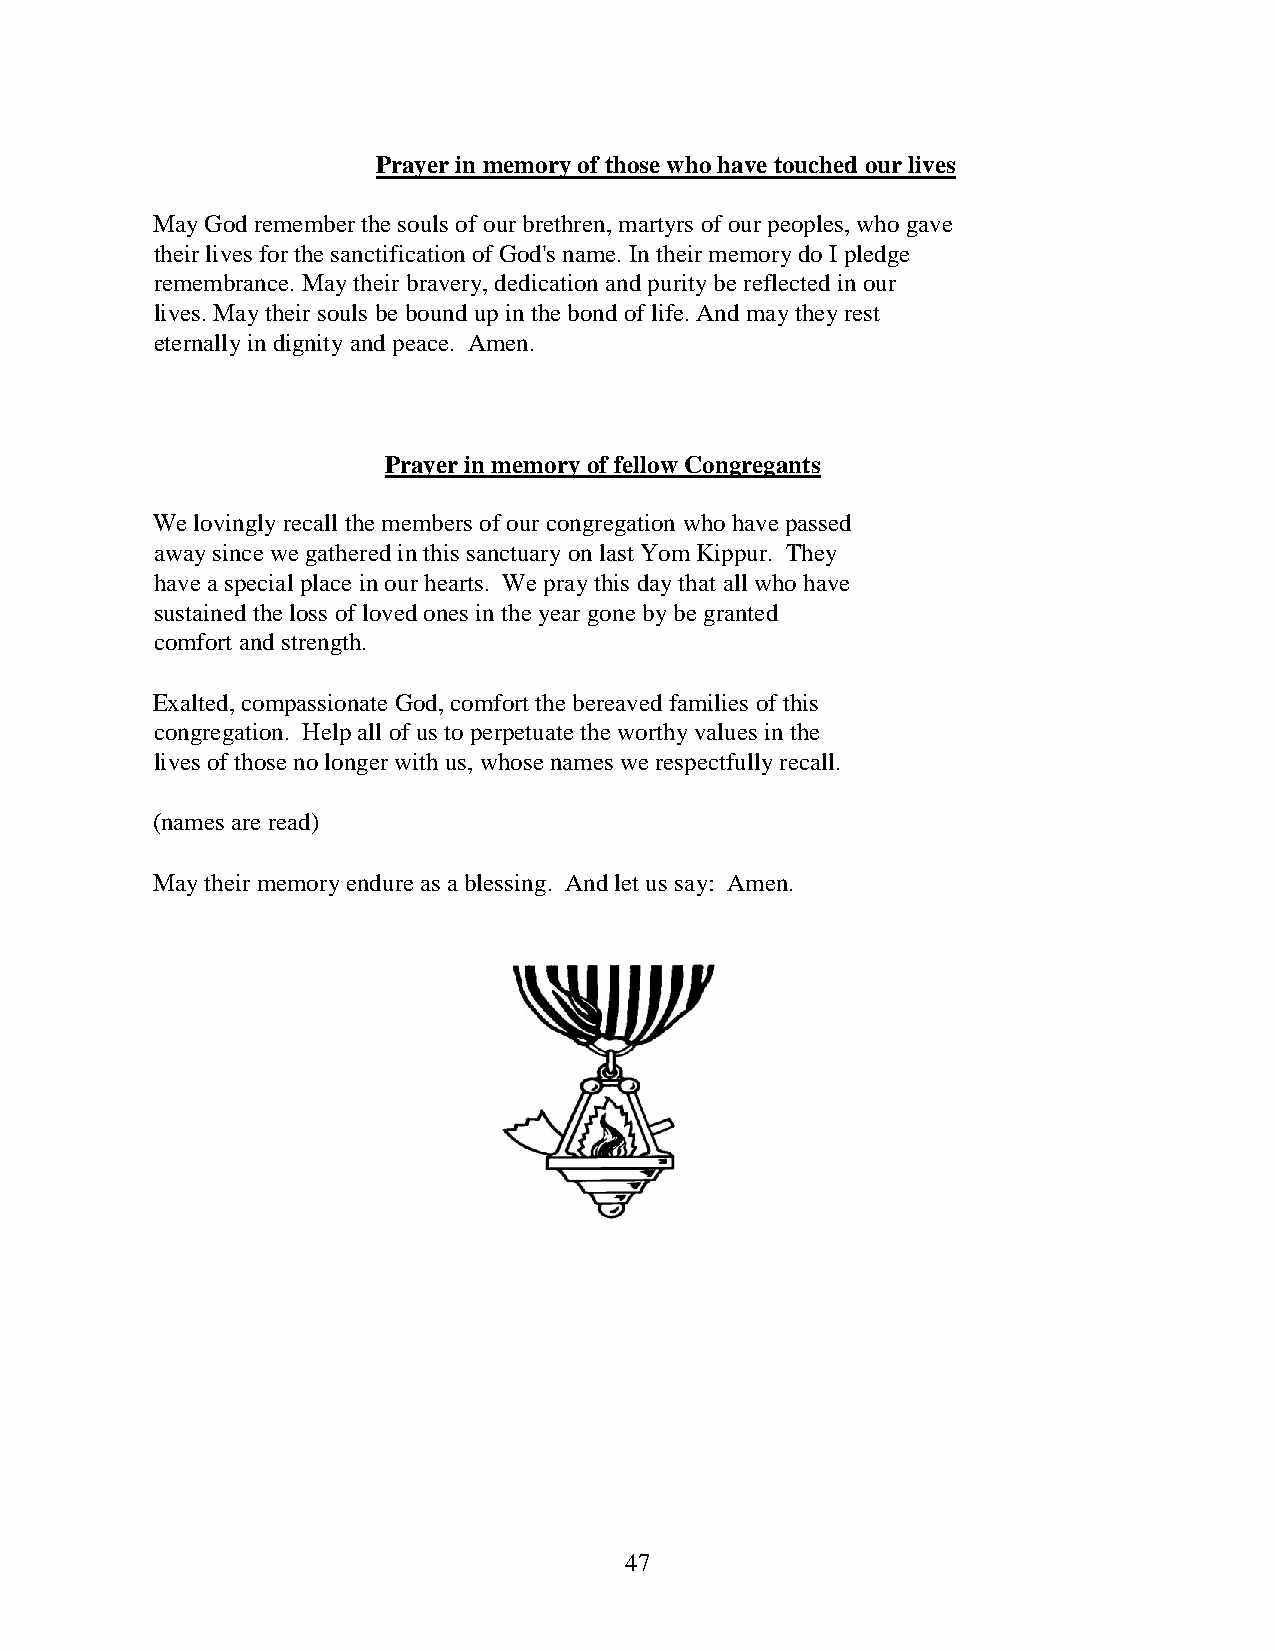
Prayer in memory of those who have touched our lives
 May God remember the souls of our brethren, martyrs of our peoples, who gave
 their lives for the sanctification of God's name. In their memory do I pledge
 remembrance. May their bravery, dedication and purity be reflected in our
 lives. May their souls be bound up in the bond of life. And may they rest
 eternally in dignity and peace. Amen.
 Prayer in memory of fellow Congregants
 We lovingly recall the members of our congregation who have passed
 away since we gathered in this sanctuary on last Yom Kippur. They
 have a special place in our hearts. We pray this day that all who have
 sustained the loss of loved ones in the year gone by be granted
 comfort and strength.
 Exalted, compassionate God, comfort the bereaved families of this
 congregation. Help all of us to perpetuate the worthy values in the
 lives of those no longer with us, whose names we respectfully recall.
 (names are read)
 May their memory endure as a blessing. And let us say: Amen.
 47